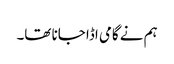
ہم نے گامی اڈا جانا تھا۔